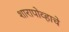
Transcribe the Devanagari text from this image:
शारापोव्हाचे